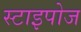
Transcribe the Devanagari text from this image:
स्टाइपोज